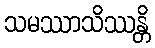
သမဿာသိဿန္တိ